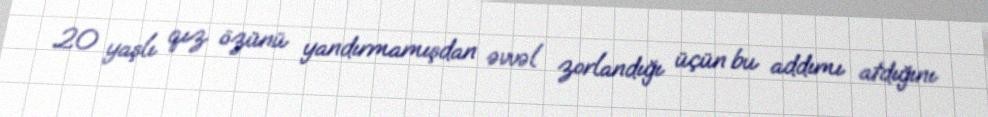
20 yaşlı qız özünü yandırmamışdan əvvəl zorlandığı üçün bu addımı atdığını